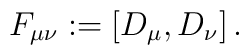
F_{\mu\nu} := [D_\mu,D_\nu]  \,.